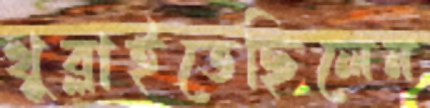
খুব্‌লাইতেছিলেন